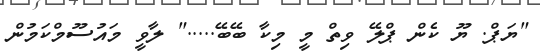
"ޔަޕް. ޔޫ ކެން ޕްލޭ ވިތް މީ މިކާ ބޭބޭ....." ލާވީ މައުސޫމްކަމުން